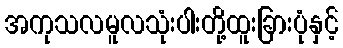
အကုသလမူလသုံးပါးတို့ထူးခြားပုံနှင့်